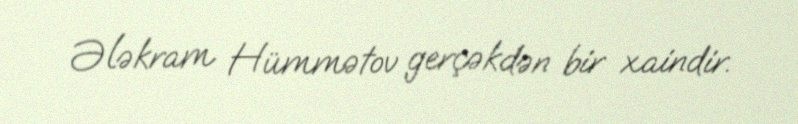
Ələkram Hümmətov gerçəkdən bir xaindir.